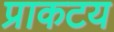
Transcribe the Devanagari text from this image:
प्राकटय